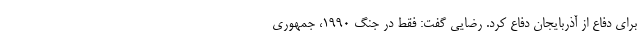
برای دفاع از آذربایجان دفاع کرد. رضایی گفت: فقط در جنگ ۱۹۹۰، جمهوری